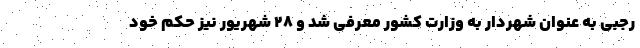
رجبی به عنوان شهردار به وزارت کشور معرفی شد و ۲۸ شهریور نیز حکم خود